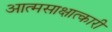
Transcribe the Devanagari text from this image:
आत्मसाक्षात्कारी